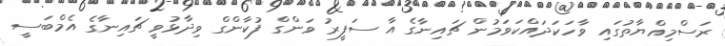
ރަސްމިއްޔާތުގައި ވާހަކަދައްކަވަމުން ޗައިނާގެ އާ ސަފީރު ވަންގް ފުކާންގް ވިދާޅުވީ ޗައިނާގެ އެމްބަސީ